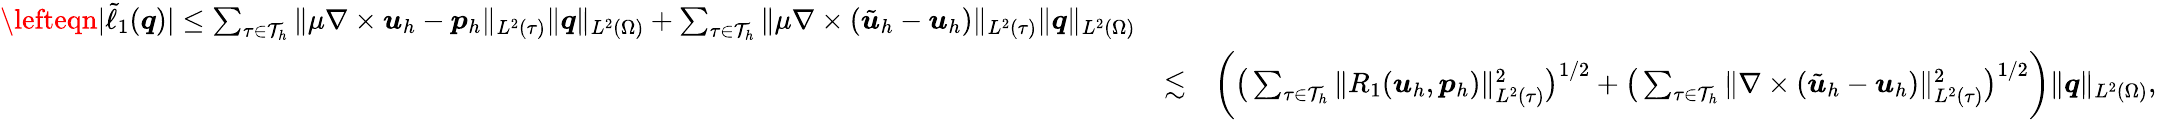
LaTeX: \begin{array}{rlr}{\lefteqn{\vert\tilde{\ell}_{1}(\boldsymbol{q})\vert\leq\sum_{\tau\in\mathcal{T}_{h}}\| \mu\nabla\times\boldsymbol{u}_{h}-\boldsymbol{p}_{h}\| _{L^{2}(\tau)}\| \boldsymbol{q}\| _{L^{2}(\Omega)}+\sum_{\tau\in\mathcal{T}_{h}}\| \mu\nabla\times(\tilde{\boldsymbol{u}}_{h}-\boldsymbol{u}_{h})\| _{L^{2}(\tau)}\| \boldsymbol{q}\| _{L^{2}(\Omega)}}}\\ &{\lesssim}&{\bigg(\big(\sum_{\tau\in\mathcal{T}_{h}}\| R_{1}(\boldsymbol{u}_{h},\boldsymbol{p}_{h})\| _{L^{2}(\tau)}^{2}\big)^{1/2}+\big(\sum_{\tau\in\mathcal{T}_{h}}\| \nabla\times(\tilde{\boldsymbol{u}}_{h}-\boldsymbol{u}_{h})\| _{L^{2}(\tau)}^{2}\big)^{1/2}\bigg)\| \boldsymbol{q}\| _{L^{2}(\Omega)},}\end{array}